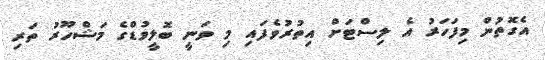
އެގޮތުން މިފަހަރު އެ ލިސްޓަށް އިތުރުވެފައި މި ވަނީ ބޮލީވުޑްގެ މަޝްހޫރު ތަރި